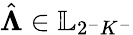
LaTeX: \hat{\boldsymbol{\Lambda}}\in\mathbb{L}_{2^{-}K^{-}}